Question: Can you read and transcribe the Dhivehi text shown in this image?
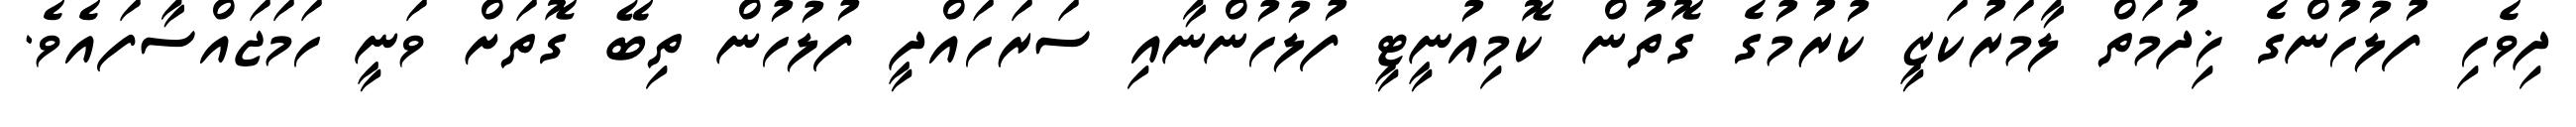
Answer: ދިވެހި ފުލުހުންގެ ޚިދުމަތް ލާމަރުކަޒީ ކުރުމުގެ ގޮތުން ކޮމިއުނީޓީ ފުލުހުންނާއި ސަރަހައްދީ ފުލުހުން ތިބޭ ގޮތަށް ވަނީ ހަމަޖައްސާފައެވެ.